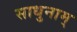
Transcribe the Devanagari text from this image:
साधुनाम्